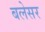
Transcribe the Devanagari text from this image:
बलेसर